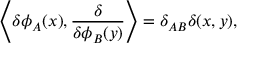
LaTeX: \left\langle \delta \phi _ { A } ( x ) , { \frac { \delta } { \delta \phi _ { B } ( y ) } } \right\rangle = \delta _ { A B } \delta ( x , y ) ,